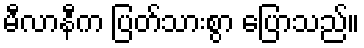
မီလာနီက ပြတ်သားစွာ ပြောသည်။